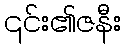
၎င်း၏ဇနီး